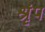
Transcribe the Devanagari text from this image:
श्रृंप